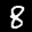
Digit: 8